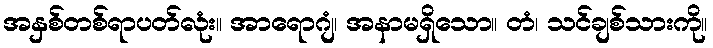
အနှစ်တစ်ရာပတ်လုံး။ အာရောဂျံ၊ အနာမရှိသော။ တံ၊ သင်ချစ်သားကို။